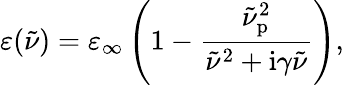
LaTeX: \varepsilon(\tilde{\nu})=\varepsilon_{\infty}\left(1-\frac{\tilde{\nu}_{\mathrm{p}}^{2}}{\tilde{\nu}^{2}+\mathrm{i}\gamma\tilde{\nu}}\right),